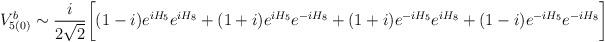
LaTeX: \begin{align*}V^b_{5(0)}\sim \frac{i}{2\sqrt{2}}\biggl[ (1-i)e^{iH_5}e^{iH_8}+(1+i)e^{iH_5}e^{-iH_8} +(1+i)e^{-iH_5}e^{iH_8}+(1-i)e^{-iH_5}e^{-iH_8}\biggr]\end{align*}